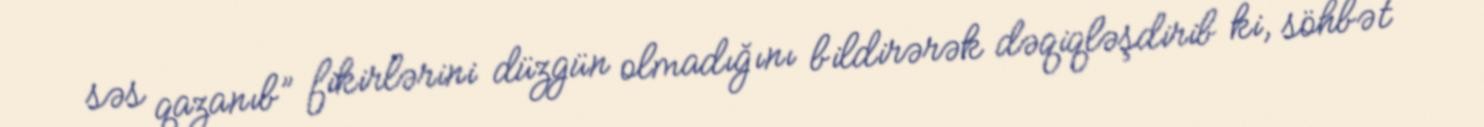
səs qazanıb” fikirlərini düzgün olmadığını bildirərək dəqiqləşdirib ki, söhbət